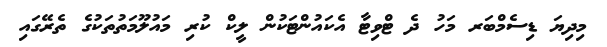
މިދިޔަ ޑިސެމްބަރ މަހު ދެ ޓްވިޓާ އެކައުންޓަކުން ލީކް ކުރި މައުލޫމަތުތަކުގެ ތެރޭގައި